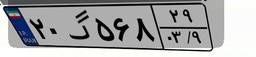
۸۷گ۲۵۵۹۸